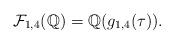
LaTeX: \begin{align*}\mathcal{F}_{1,4}(\mathbb{Q})=\mathbb{Q}(g_{1,4}(\tau)).\end{align*}